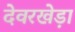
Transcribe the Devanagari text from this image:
देवरखेड़ा